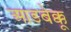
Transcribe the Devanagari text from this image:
आडबेक्कू